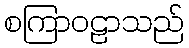
စကြာဝဠာသည်